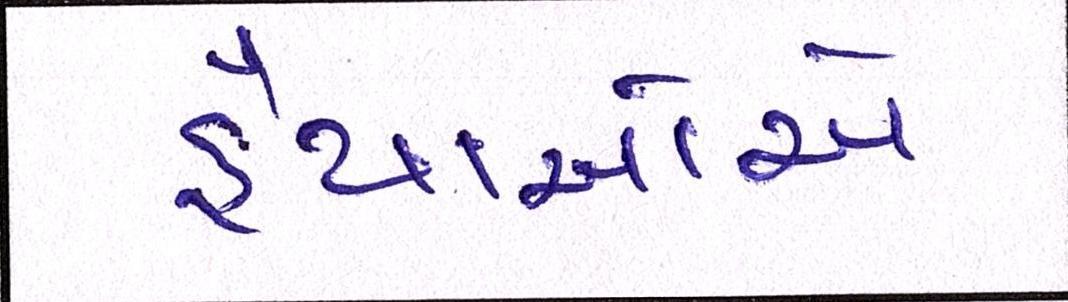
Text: હૈયાઓએ